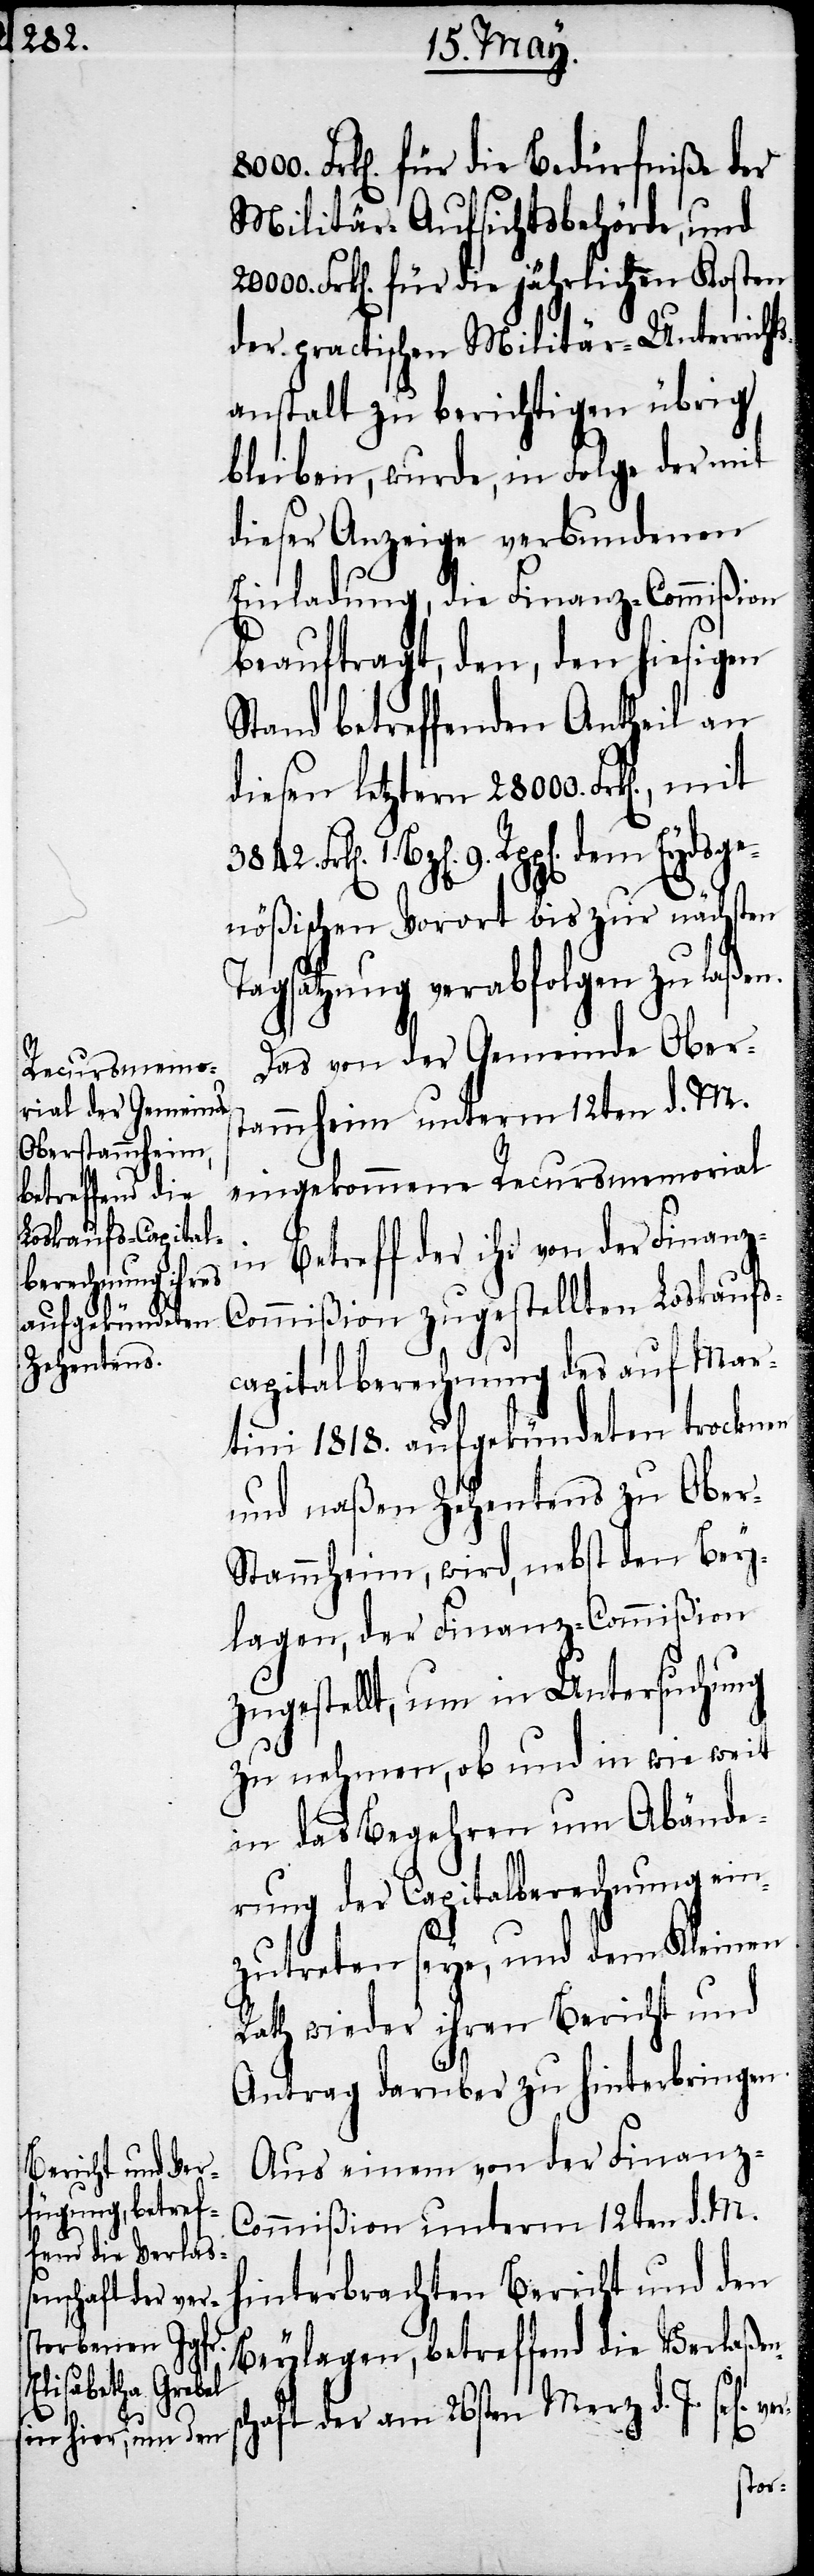
Frk[en]. für die Bedürfniße der
Militär-Aufsichtsbehörde, und
20000. Frk[en]. für die jährlichen Kosten
der practischen Militär-Unterrichts¬
anstalt zu berichtigen übrig
bleiben, wurde, in Folge der mit
dieser Anzeige verbundenen
Einladung, die Finanz-Commißion
beauftragt, den, den hiesigen
Stand betreffenden Antheil an
diesen letztern 28000. Frk[en].,
n]. 9. Rpp[en]. dem Eydsge¬
nößischen Vorort bis zur nächsten
Tagsatzung verabfolgen zu laßen.
Das von der Gemeinde Obers¬
tammheim unterm 12ten d. M.
eingekommene Recursmemorial
in Betreff der ihr von der Finan¬
ommißion zugestellten Loskaufs¬
capitalberechnung des auf Mar¬
tini 1818. aufgekündeten trocknen
und naßen Zehentens zu Ober-S¬
tammheim, wird, nebst den Bey¬
lagen, der Finanz-Commißion
zugestellt, um in Untersuchung
zu nehmen, ob und in wie weit
an das Begehren um Abände¬
rung der Capitalberechnung ein¬
zutreten seye, und dem Kleinen
Rath wieder ihren Bericht und
Antrag darüber zu hinterbringen.
Aus einem von der Finanz-C¬
ommißion unterm 12ten d. M.
hinterbrachten Bericht und den
Beylagen, betreffend die Verlaßen¬
schaft der am 26sten Merz d. J. sel[ig]
ver-